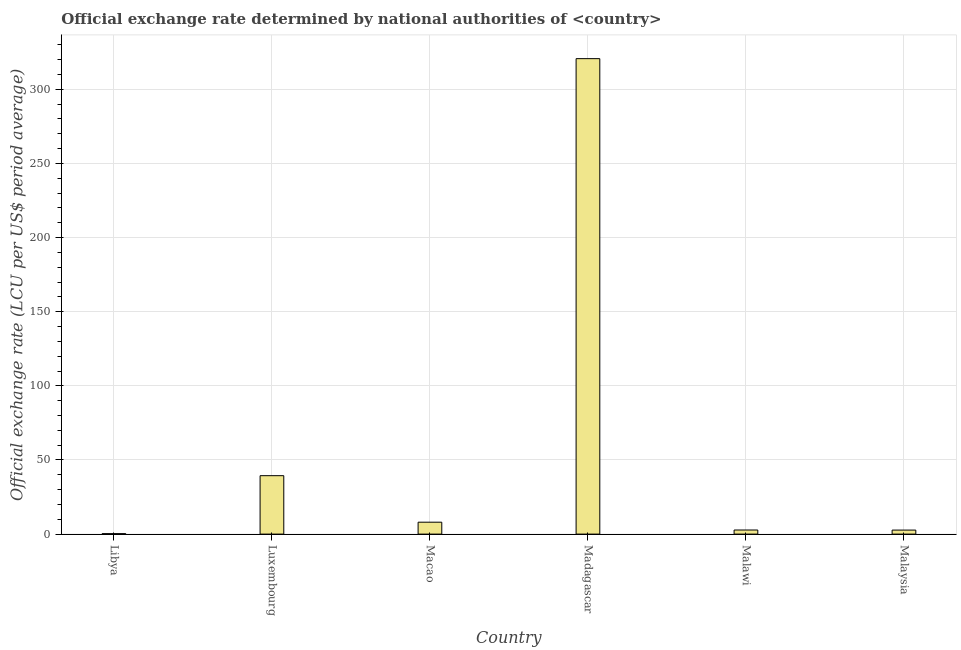
| Country | Official exchange rate |
 | --- | --- |
 | Libya | 0.3 |
 | Luxembourg | 39.4 |
 | Macao | 8.03 |
 | Madagascar | 321 |
 | Malawi | 2.76 |
 | Malaysia | 2.71 |